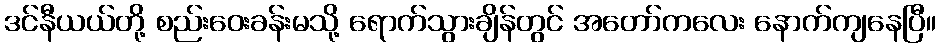
ဒင်နီယယ်တို့ စည်းဝေးခန်းမသို့ ရောက်သွားချိန်တွင် အတော်ကလေး နောက်ကျနေပြီ။